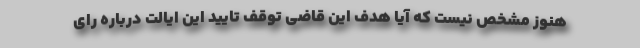
هنوز مشخص نیست که آیا هدف این قاضی توقف تایید این ایالت درباره رای